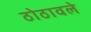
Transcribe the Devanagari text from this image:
ठोठावले